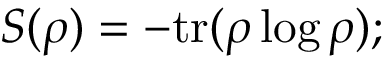
S ( \rho ) = - \mathrm { { t r } } ( \rho \log \rho ) ;